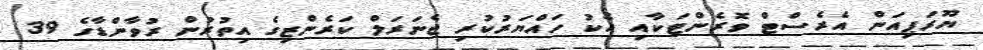
ޔޫރަޕިއަން އެރެސްޓް ވޮރެންޓަކާއި އެކު ހައްޔަރުކުރި ޖެނަރަލް ކަރެންޒިގެ އިތުރުން ރުވާންޑާގެ 39